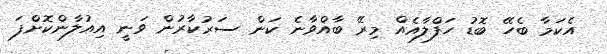
އެކަމާ ބެހޭ ބޮޑު ހަފްލާއެއް މިރޭ ބާއްވާނެ ކަން ސަރުކާރުން ވަނީ އިއުލާންކޮށްފަ